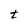
Character: t